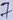
Text: 7